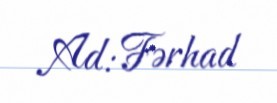
Ad: Fərhad